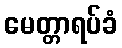
မေတ္တာရပ်ခံ